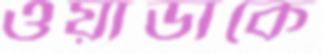
ওয়াডাকে